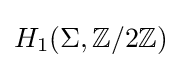
H_{1}(\Sigma ,\mathbb {Z} /2\mathbb {Z} )